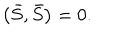
\left( \bar { S } , \bar { S } \right) = 0 .